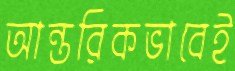
আন্তরিকভাবেই